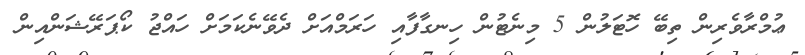
ޢުމްރާވެރިން ތިބޭ ހޮޓަލުން 5 މިނެޓުން ހިނގާފާއި ހަރަމްއަށް ދެވޭނެކަމަށް ހައްޖު ކޯޕަރޭޝަންއިން